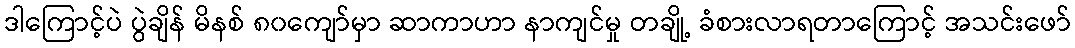
ဒါကြောင့်ပဲ ပွဲချိန် မိနစ် ၈၀ကျော်မှာ ဆာကာဟာ နာကျင်မှု တချို့ ခံစားလာရတာကြောင့် အသင်းဖော်